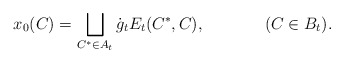
\begin{align*}x_0(C)=\bigsqcup_{C^*\in A_t}\dot{g}_tE_t(C^*,C),\ \ \ \ \ \ \ \ \ \ \ (C\in B_t).\end{align*}